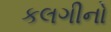
કલગીનો